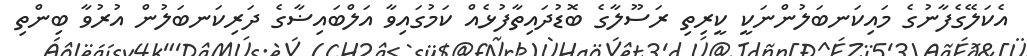
އެކަލޭގެފާނުގެ މައިކަނބަލުންނަކީ ކީރިތި ރަސޫލާގެ ބޮޑުދައިތާފުޅެއް ކަމުގައިވާ އަލްބައިޟާގެ ދަރިކަނބަލުން އުރުވާ ބިންތި